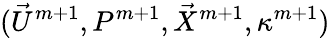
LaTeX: (\vec{U}^{m+1},P^{m+1},\vec{X}^{m+1},\kappa^{m+1})